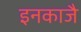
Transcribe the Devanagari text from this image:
इनकाजै